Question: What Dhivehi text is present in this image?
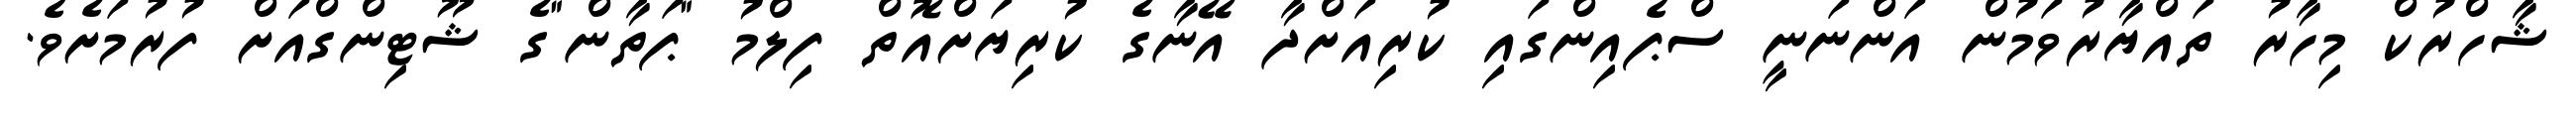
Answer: ޝާހްރުކް މިހާރު ތައްޔާރުވަމުން އަންނަނީ ސްޕެއިންގައި ކުރިއަށްދާ އޭނާގެ ކުރިޔަށްއޮތް ފިލްމު "ޕަތާން"ގެ ޝޫޓިންގްއަށް ފުރުމަށެވެ.